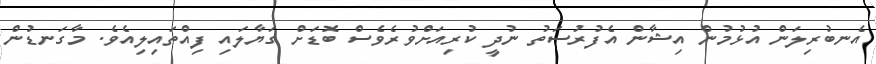
އެނބުރިލަން އުޅުމުން އިޝާން އެފުރުސަތު ނުދީ ކުރިއަށްވުރެވެސް ބޮޑަށް ގަޔާލައި ފިއްތައިލިއެވެ. މާގަނޑުން